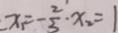
x _ { 1 } = - \frac { 2 } { 3 } \cdot x _ { 2 } = 1